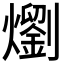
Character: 𭶣